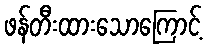
ဖန်တီးထားသောကြောင့်